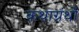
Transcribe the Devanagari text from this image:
कथाग्रंथों